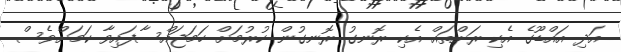
އަދި އައްޑޫގެ އެކި ރަށްތައް އެކި ރޮނގު ރޮނގުން ކުރުމަށް ހަމަޖައްސާފައިވާ ކަމަށްވެސް